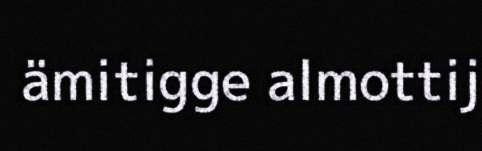
ämitigge almottij